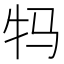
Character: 𮳺